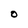
Character: O